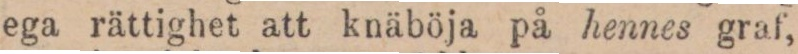
ega rättighet att knäböja på hennes graf,